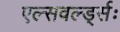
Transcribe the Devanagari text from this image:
एल्सवर्ल्ड्सः